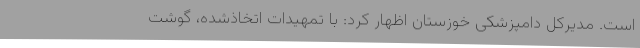
است. مدیرکل دامپزشکی خوزستان اظهار کرد: با تمهیدات اتخاذشده، گوشت